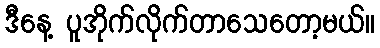
ဒီနေ့ ပူအိုက်လိုက်တာသေတော့မယ်။